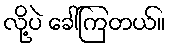
လို့ပဲ ခေါ်ကြတယ်။